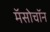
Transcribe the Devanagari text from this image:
मॅसोचॉन